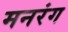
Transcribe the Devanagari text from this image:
मनरंग